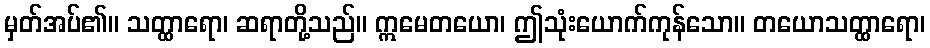
မှတ်အပ်၏။ သတ္ထာရော၊ ဆရာတို့သည်။ ဣမေတယော၊ ဤသုံးယောက်ကုန်သော။ တယောသတ္ထာရော၊